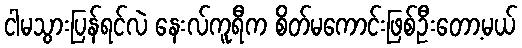
ငါမသွားပြန်ရင်လဲ နေးလ်ကူရီက စိတ်မကောင်းဖြစ်ဦးတော့မယ်